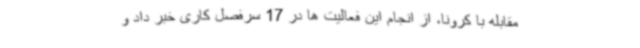
مقابله با کرونا، از انجام این فعالیت ها در 17 سرفصل کاری خبر داد و